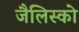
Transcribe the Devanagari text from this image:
जैलिस्को